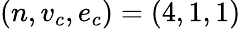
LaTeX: (n,v_{c},e_{c})=(4,1,1)